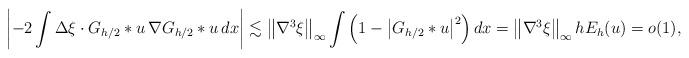
LaTeX: \begin{align*}\left| - 2\int \Delta \xi \cdot G_{h/2} \ast u \,\nabla G_{h/2} \ast u\,dx \right|\lesssim \left\|\nabla^3 \xi \right\|_\infty \int \left(1- \left|G_{h/2}\ast u\right|^2\right) dx = \left\|\nabla^3 \xi \right\|_\infty h E_h(u) =o(1),\end{align*}